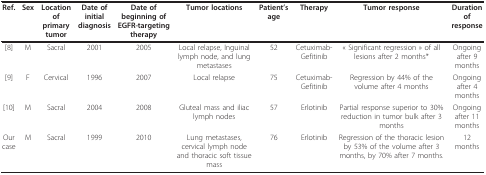
<table><thead><tr><td><b>Ref.</b></td><td><b>Sex</b></td><td><b>Location of primary tumor</b></td><td><b>Date of initial diagnosis</b></td><td><b>Date of beginning of EGFR-targeting therapy</b></td><td><b>Tumor locations</b></td><td><b>Patient&#x27;s age</b></td><td><b>Therapy</b></td><td><b>Tumor response</b></td><td><b>Duration of response</b></td></tr></thead><tbody><tr><td>[8]</td><td>M</td><td>Sacral</td><td>2001</td><td>2005</td><td>Local relapse, Inguinal lymph node, and lung metastases</td><td>52</td><td>Cetuximab-Gefitinib</td><td>« Significant regression » of all lesions after 2 months*</td><td>Ongoing after 9 months</td></tr><tr><td>[9]</td><td>F</td><td>Cervical</td><td>1996</td><td>2007</td><td>Local relapse</td><td>75</td><td>Cetuximab-Gefitinib</td><td>Regression by 44% of the volume after 4 months</td><td>Ongoing after 4 months</td></tr><tr><td>[10]</td><td>M</td><td>Sacral</td><td>2004</td><td>2008</td><td>Gluteal mass and iliac lymph nodes</td><td>57</td><td>Erlotinib</td><td>Partial response superior to 30% reduction in tumor bulk after 3 months</td><td>Ongoing after 11 months</td></tr><tr><td>Our case</td><td>M</td><td>Sacral</td><td>1999</td><td>2010</td><td>Lung metastases, cervical lymph node and thoracic soft tissue mass</td><td>76</td><td>Erlotinib</td><td>Regression of the thoracic lesion by 53% of the volume after 3 months, by 70% after 7 months.</td><td>12 months</td></tr></tbody></table>